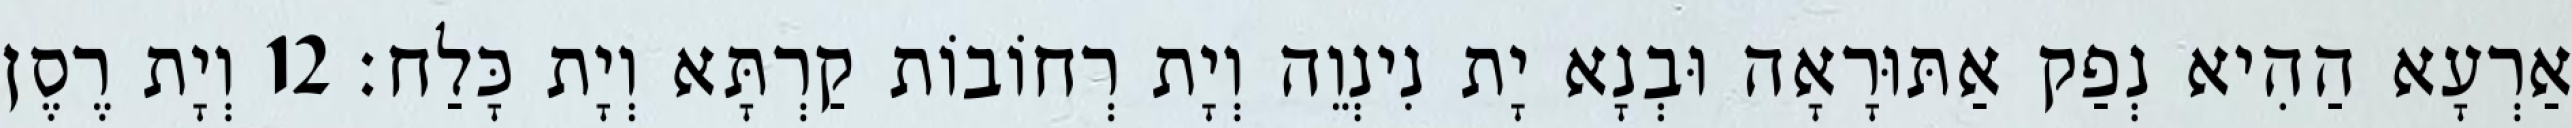
אַרְעָא הַהִיא נְפַק אַתּוּרָאָה וּבְנָא יָת נִינְוֵה וְיָת רְחוֹבוֹת קַרְתָּא וְיָת כָּלַח׃ 12 וְיָת רֶסֶן